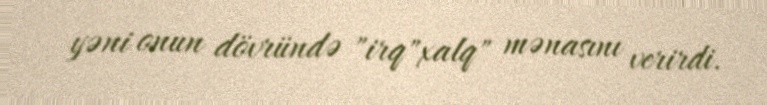
yəni onun dövründə "irq"xalq" mənasını verirdi.